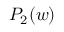
P _ { 2 } ( w )